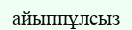
айыппұлсыз